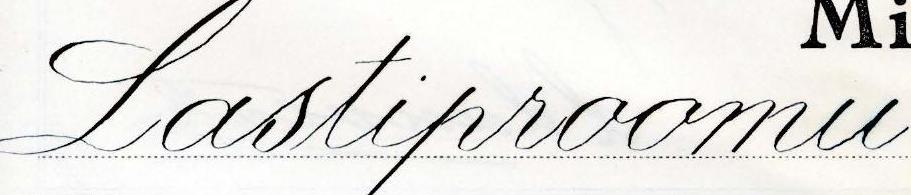
Lastiproomu